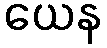
ယေန